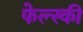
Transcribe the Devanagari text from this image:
फेल्स्की